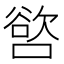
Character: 𭊖